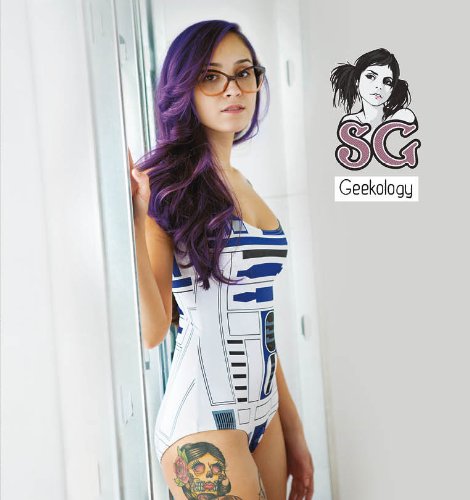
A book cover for SuicideGirls: Geekology; Missy Suicide; Arts & Photography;